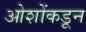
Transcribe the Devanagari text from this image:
ओशोंकडून